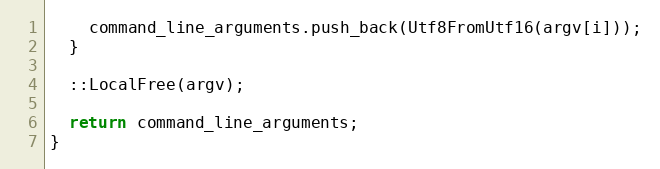
Language: C++
    command_line_arguments.push_back(Utf8FromUtf16(argv[i]));
  }

  ::LocalFree(argv);

  return command_line_arguments;
}